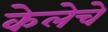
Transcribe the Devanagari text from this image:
केलेचे